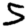
Digit: 5